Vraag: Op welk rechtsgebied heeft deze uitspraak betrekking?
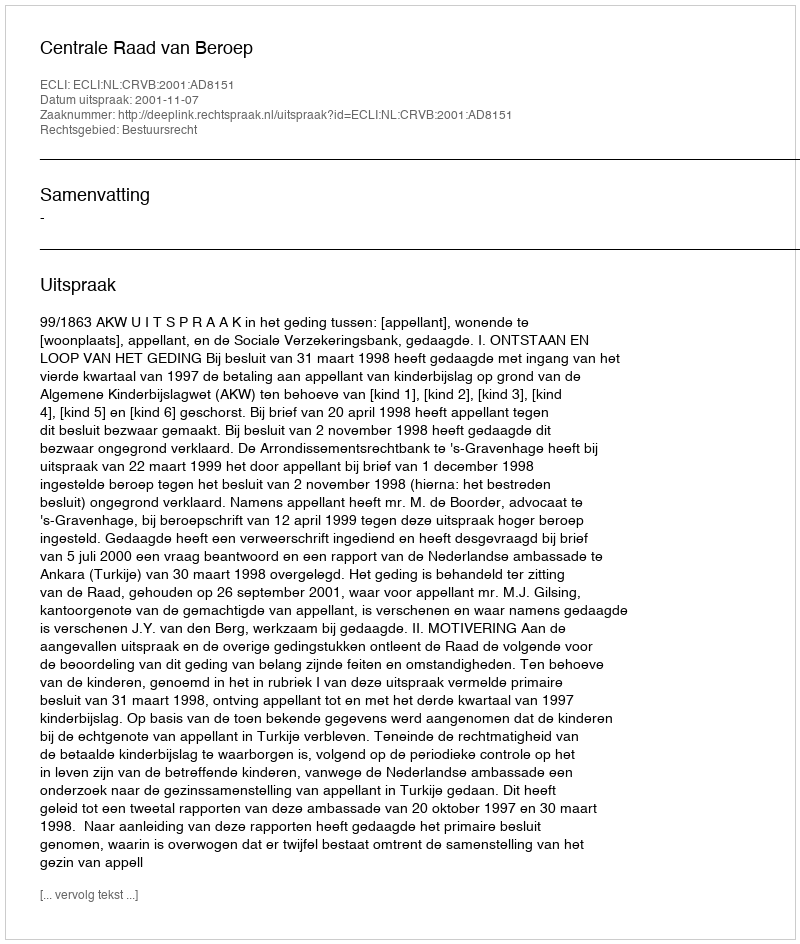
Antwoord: Bestuursrecht